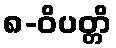
၈-ဝိပတ္တိ